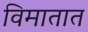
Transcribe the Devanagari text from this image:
विमातात